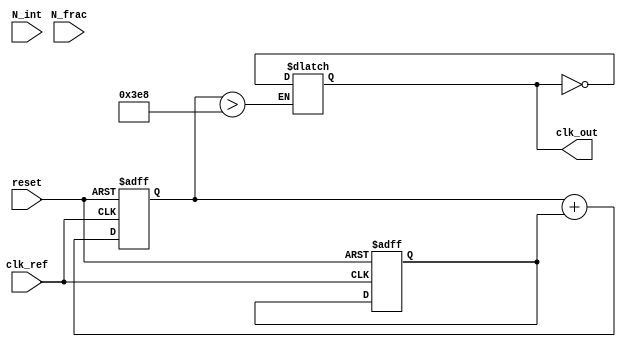
module frac_n_pll (
    input wire clk_ref,          // Reference clock input
    input wire reset,            // Reset signal
    input wire [N-1:0] N_int,    // Integer division ratio
    input wire [M-1:0] N_frac,   // Fractional division ratio
    output wire clk_out          // Output clock
);

parameter N = 8;  // Width of integer divider
parameter M = 8;  // Width of fractional divider
parameter VCO_MAX_FREQ = 1000; // Maximum VCO frequency in MHz

// Phase Frequency Detector (PFD)
reg phase_error;
always @(posedge clk_ref or posedge reset) begin
    if (reset) begin
        phase_error <= 0;
    end else begin
        // PFD logic to determine phase error between clk_ref and clk_vco
        // Assuming clk_vco is generated from VCO
    end
end

// Charge Pump (CP)
reg [7:0] charge_pump_output;
always @(posedge clk_ref or posedge reset) begin
    if (reset) begin
        charge_pump_output <= 0;
    end else begin
        // Charge pump logic based on phase_error
        // Update charge_pump_output based on phase difference
    end
end

// Loop Filter (LF)
reg [15:0] control_voltage;
always @(posedge clk_ref or posedge reset) begin
    if (reset) begin
        control_voltage <= 0;
    end else begin
        // Loop filter logic (e.g., using a simple RC filter model)
        control_voltage <= control_voltage + charge_pump_output; // Simplified
    end
end

// Voltage-Controlled Oscillator (VCO)
reg clk_vco;
always @(control_voltage) begin
    // VCO logic: generate clk_vco based on control_voltage
    // This is a simple representation; real VCO behavior may be more complex
    clk_vco <= (control_voltage > VCO_MAX_FREQ) ? ~clk_vco : clk_vco;
end

// Frequency Divider (Feedback Divider)
reg [N-1:0] vco_divider;
always @(posedge clk_vco or posedge reset) begin
    if (reset) begin
        vco_divider <= 0;
    end else begin
        // Feedback division logic for integer part (N)
        if (vco_divider == N_int - 1) begin
            vco_divider <= 0;
        end else begin
            vco_divider <= vco_divider + 1;
        end
    end
end

// Fractional Divider
reg [M-1:0] fractional_counter;
always @(posedge clk_ref) begin
    // Fractional division logic (assuming simple counter logic)
    fractional_counter <= fractional_counter + N_frac; // Increment by fractional amount
    if (fractional_counter >= N_int) begin
        fractional_counter <= fractional_counter - N_int;
        // Generate pulse for feedback to PFD
    end
end

// Output Stage
assign clk_out = clk_vco; // Buffering the VCO output for final output

endmodule